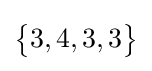
{\begin{Bmatrix}3,4,3,3\end{Bmatrix}}